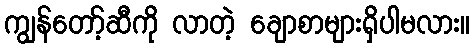
ကျွန်တော့်ဆီကို လာတဲ့ ချောစာများရှိပါမလား။